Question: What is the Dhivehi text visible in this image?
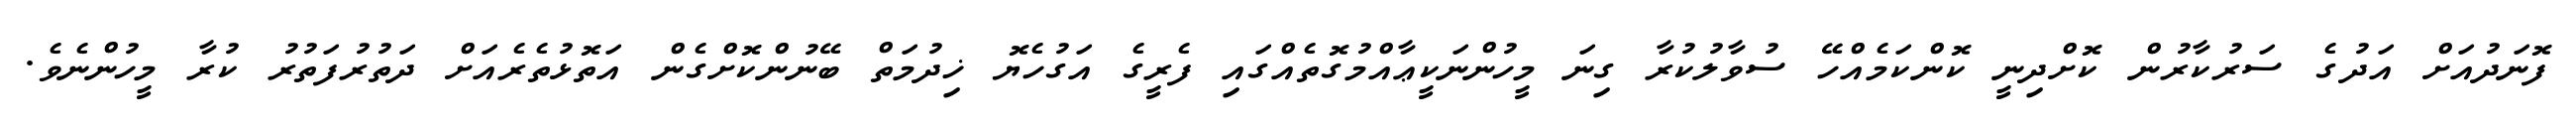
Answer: ފޮނަދުއަށް އަދުގެ ސަރުކާރުން ކޮށްދިނީ ކޮންކަމެއްހޭ ސުވާލުކުރާ ގިނަ މީހުންނަކީޢާއްމުގޮތެއްގައި ފެރީގެ އަގުހެޔޮ ޚިދުމަތް ބޭނުންކޮށްގެން އަތޮޅުތެރެއަށް ދަތުރުފަތުރު ކުރާ މީހުންނެވެ.